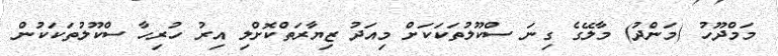
މަމްދޫހު (މަންދު) މާލޭގެ ގިނަ ސްކޫލުތަކަކަށް މިއަދު ޒިޔާރަތްކޮށްލި އިރު ހުރިހާ ސްކޫލުތަކަކުން